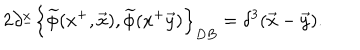
2 \partial _ { - } ^ { x } \left\{ \widetilde { \phi } ( x ^ { + } , \vec { x } ) , \widetilde { \phi } ( x ^ { + } \vec { y } ) \right\} _ { D B } = \delta ^ { 3 } ( \vec { x } - \vec { y } ) .